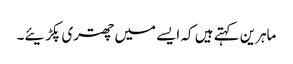
ماہرین کہتے ہیں کہ ایسے میں چھتری پکڑیئے۔